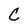
Character: C